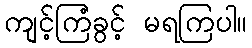
ကျင့်ကြံခွင့် မရကြပါ။